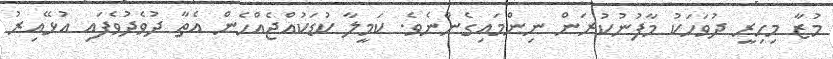
މުޒާ މިހިރީ ދުވަހަކު މާފުނުކުރަން ނިންމައިގެންނެވެ. ކަމީލާ ކުޑަކުއްޖެއްހެން އެތާ ދުވެދުވެފައި އުޅޭއިރު